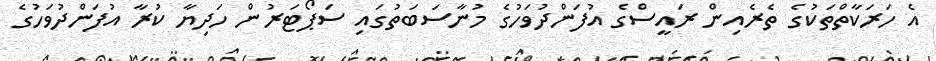
އެ ހަރަކާތްތަކުގެ ތެރެއިން ރައީސްގެ އުފަންދުވަހުގެ މުނާސަބަތުގައި ސަޕޯޓަރުން ހަދިޔާ ކުރާ އުފަންދުވަހުގެ